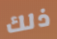
ذلك